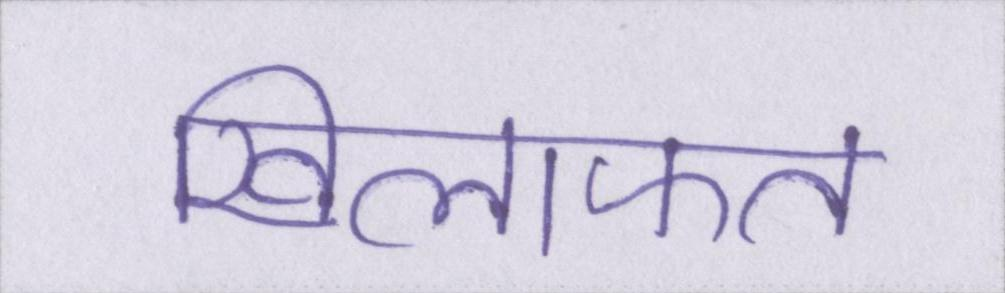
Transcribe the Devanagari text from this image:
खिलाफत